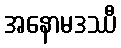
အနောမဒဿီ